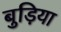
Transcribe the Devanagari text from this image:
बुड़िया